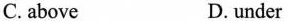
C.above D.under